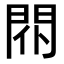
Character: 𨳢